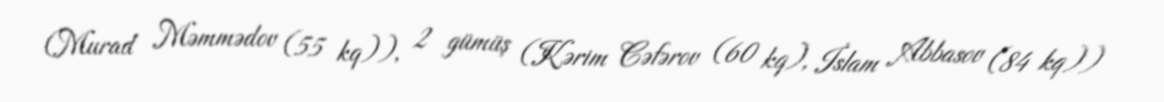
(Murad Məmmədov (55 kq)), 2 gümüş (Kərim Cəfərov (60 kq), İslam Abbasov (84 kq))